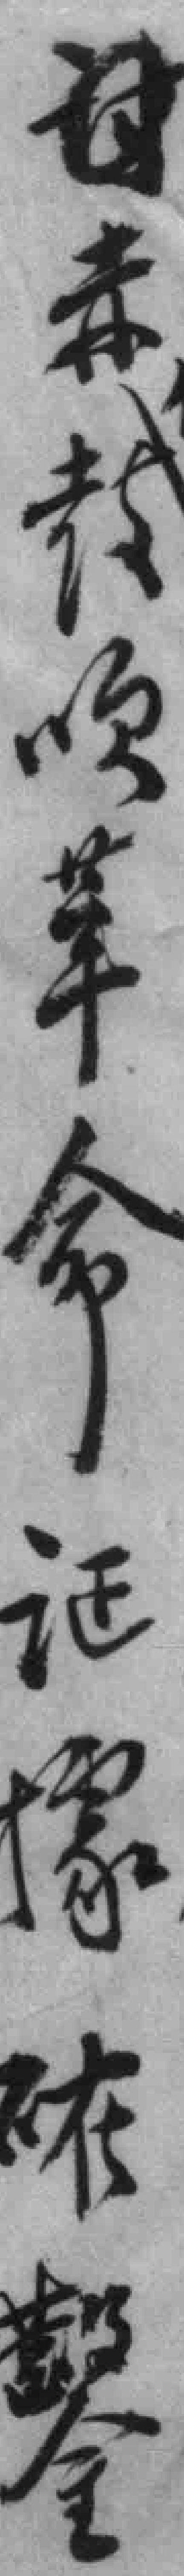
赤教*革命证據確鑿